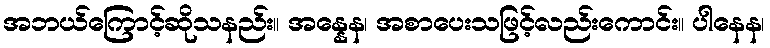
အဘယ်ကြောင့်ဆိုသနည်း။ အန္နေန၊ အစာပေးသဖြင့်လည်းကောင်း။ ပါနေန၊